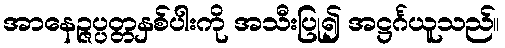
အာနေဉ္ဇပ္ပတ္တနှစ်ပါးကို အသီးပြု၍ အဋ္ဌင်္ဂယူသည်။